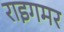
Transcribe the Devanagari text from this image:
राइगमर